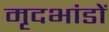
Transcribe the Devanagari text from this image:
मृदभांडों